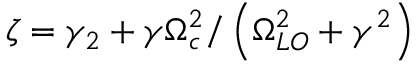
\zeta = \gamma _ { 2 } + \gamma \Omega _ { c } ^ { 2 } / \left( \Omega _ { L O } ^ { 2 } + \gamma ^ { 2 } \right)